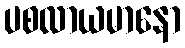
ပစလာယမာနော